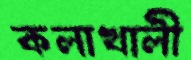
কলাখালী